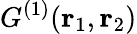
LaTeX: G^{(1)}({\mathbf r}_{1},{\mathbf r}_{2})